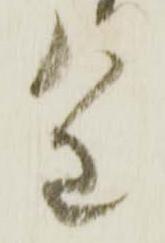
重